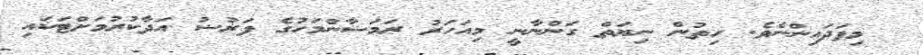
މިފަދައިންނެވެ. ހިތުން ނިޔަތް ގަންނާނީ މިއަހަރު ރަމަޟާންމަހުގެ ފަރުޟު އަދާކުރުމަށްޓަކައި